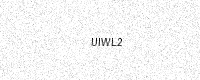
Text: UIWL2